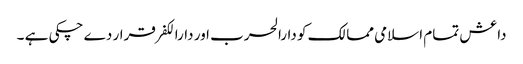
داعش تمام اسلامی ممالک کو دارالحرب اور دارالکفر قرار دے چکی ہے ۔